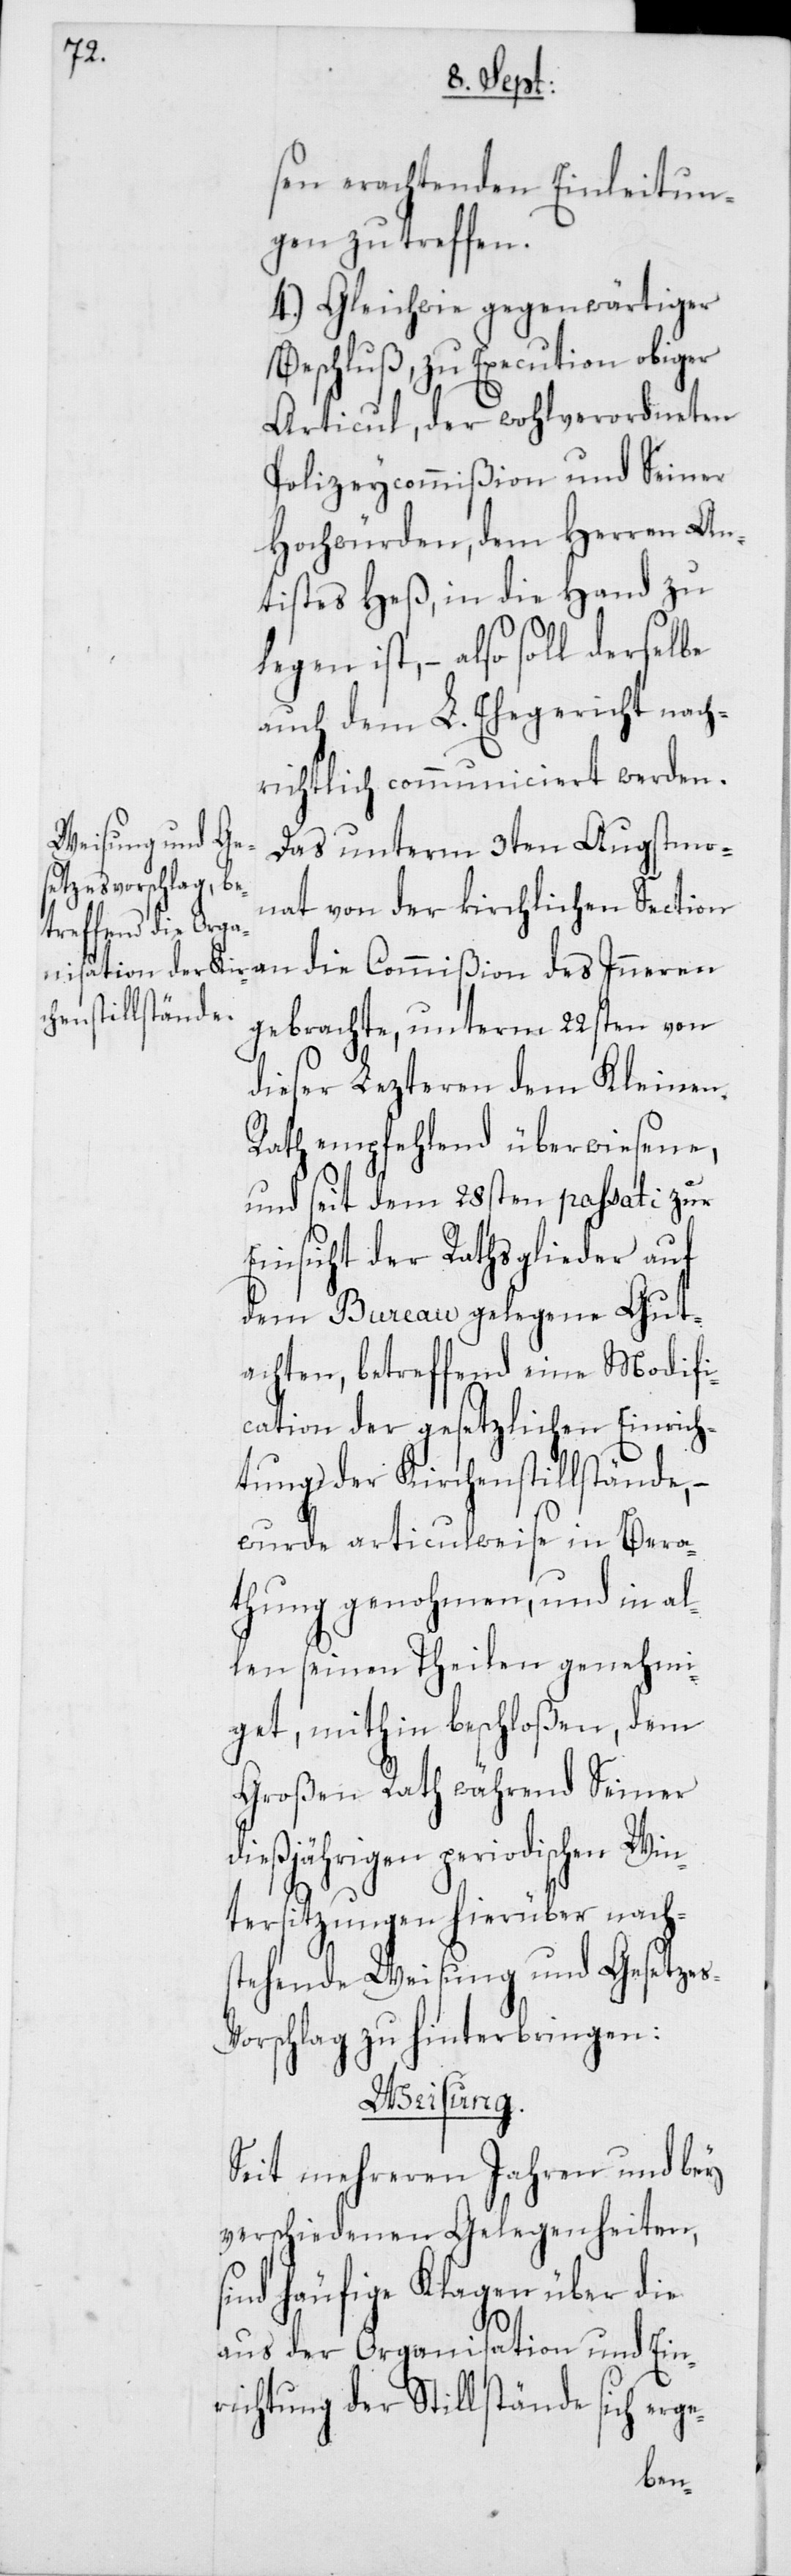
s-V¬

sen erachtenden Einleitun¬
gen zu treffen.
4. Gleichwie gegenwärtiger
Beschluß, zu Execution obiger
Articul, der wohlverordneten
Polizeycommißion und Seiner
Hochwürden, dem Herren An¬
tistes Heß, in die Hand zu
legen ist, – also soll derselbe
auch dem L. Ehegericht nach¬
richtlich communiciert werden.
Das unterm 3ten Augstmo¬
nat von der kirchlichen Section
gebrachte, unterm 22sten von
dieser Lezteren dem Kleinen
Rath empfehlend überwiesene,
und seit dem 28sten passati zur
Einsicht der Rathsglieder auf
dem Bureau gelegene Gut¬
achten, betreffend eine Modifi¬
cation der gesetzlichen Einrich¬
tung der Kirchenstillstände,
wurde articulweise in Bera¬
thung genohmen, und in al¬
len seinen Theilen genehmi¬
get, mithin beschloßen, dem
Großen Rath während Seiner
dießjährigen periodischen Win¬
tersitzungen hierüber nachs¬
tehende Weisung und Gesetze¬
orschlag zu hinterbringen:
Weisung.
Seit mehreren Jahren und bey
verschiedenen Gelegenheiten,
sind häufige Klagen über die
aus der Organisation und Ein¬
richtung der Stillstände sich erge-